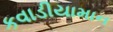
કવાડીયામાન